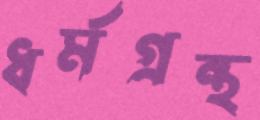
ধর্মগ্রন্থ